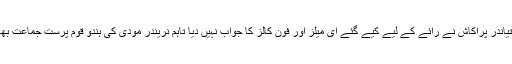
بھارت کے وفاقی اشتہارات کے ذمہ دار بیورو آف آؤٹ ریچ اینڈ کمیونکیشن کے ڈائریکٹر جنرل ستیاندر پراکاش نے رائے کے لیے کیے گئے ای میلز اور فون کالز کا جواب نہیں دیا تاہم نریندر مودی کی ہندو قوم پرست جماعت بھارتیہ جنتا پارٹی کے ترجمان نالن کوہلی کا کہنا ہے کہہ بھارت میں صحافت پوری طرح آزاد ہے۔